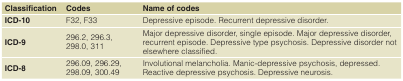
<table><thead><tr><td><b>Classification</b></td><td><b>Codes</b></td><td><b>Name of codes</b></td></tr></thead><tbody><tr><td><b>ICD-10</b></td><td>F32, F33</td><td>Depressive episode. Recurrent depressive disorder.</td></tr><tr><td><b>ICD-9</b></td><td>296.2, 296.3,298.0, 311</td><td>Major depressive disorder, single episode. Major depressive disorder,recurrent episode. Depressive type psychosis. Depressive disorder notelsewhere classified.</td></tr><tr><td><b>ICD-8</b></td><td>296.09, 296.29,298.09, 300.49</td><td>Involutional melancholia. Manic-depressive psychosis, depressed.Reactive depressive psychosis. Depressive neurosis.</td></tr></tbody></table>